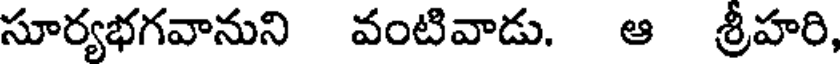
సూర్యభగవానుని వంటివాడు. ఆ శ్రీహరి,